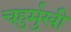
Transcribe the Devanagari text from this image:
चहुर्मुखी